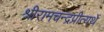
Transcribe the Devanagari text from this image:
श्रीरामचन्द्रप्रीत्यर्थे